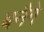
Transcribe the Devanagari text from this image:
बनैगे